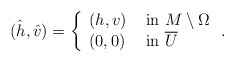
\begin{align*}(\hat h, \hat v) = \left\{ \begin{array}{ll} (h, v) & \mbox{ in } M\setminus \Omega \\ (0,0) & \mbox{ in } \overline U \end{array} \right..\end{align*}